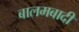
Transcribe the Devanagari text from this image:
बालमबादी